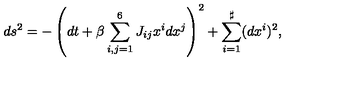
d s ^ { 2 } = - \left( d t + \beta \sum _ { i , j = 1 } ^ { 6 } J _ { i j } x ^ { i } d x ^ { j } \right) ^ { 2 } + \sum _ { i = 1 } ^ { \sharp } ( d x ^ { i } ) ^ { 2 } ,